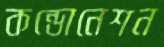
কন্ডোনেশন